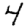
Digit: 4